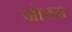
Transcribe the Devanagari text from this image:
जोनन